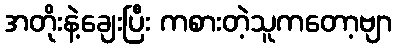
အတိုးနဲ့ချေးပြီး ကစားတဲ့သူကတော့ဗျာ